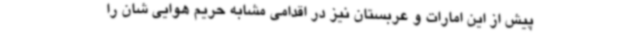
پیش از این امارات و عربستان نیز در اقدامی مشابه حریم هوایی شان را